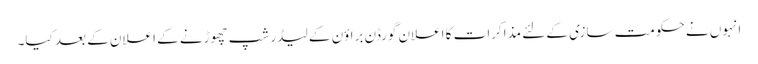
انہوں نے حکومت سازی کے لئے مذاکرات کا اعلان گورڈن براؤن کے لیڈر شپ چھوڑنے کے اعلان کے بعد کیا۔